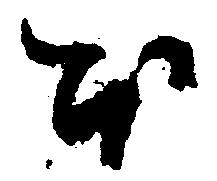
ほ